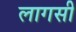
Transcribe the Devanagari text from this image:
लागसी